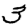
Digit: 3